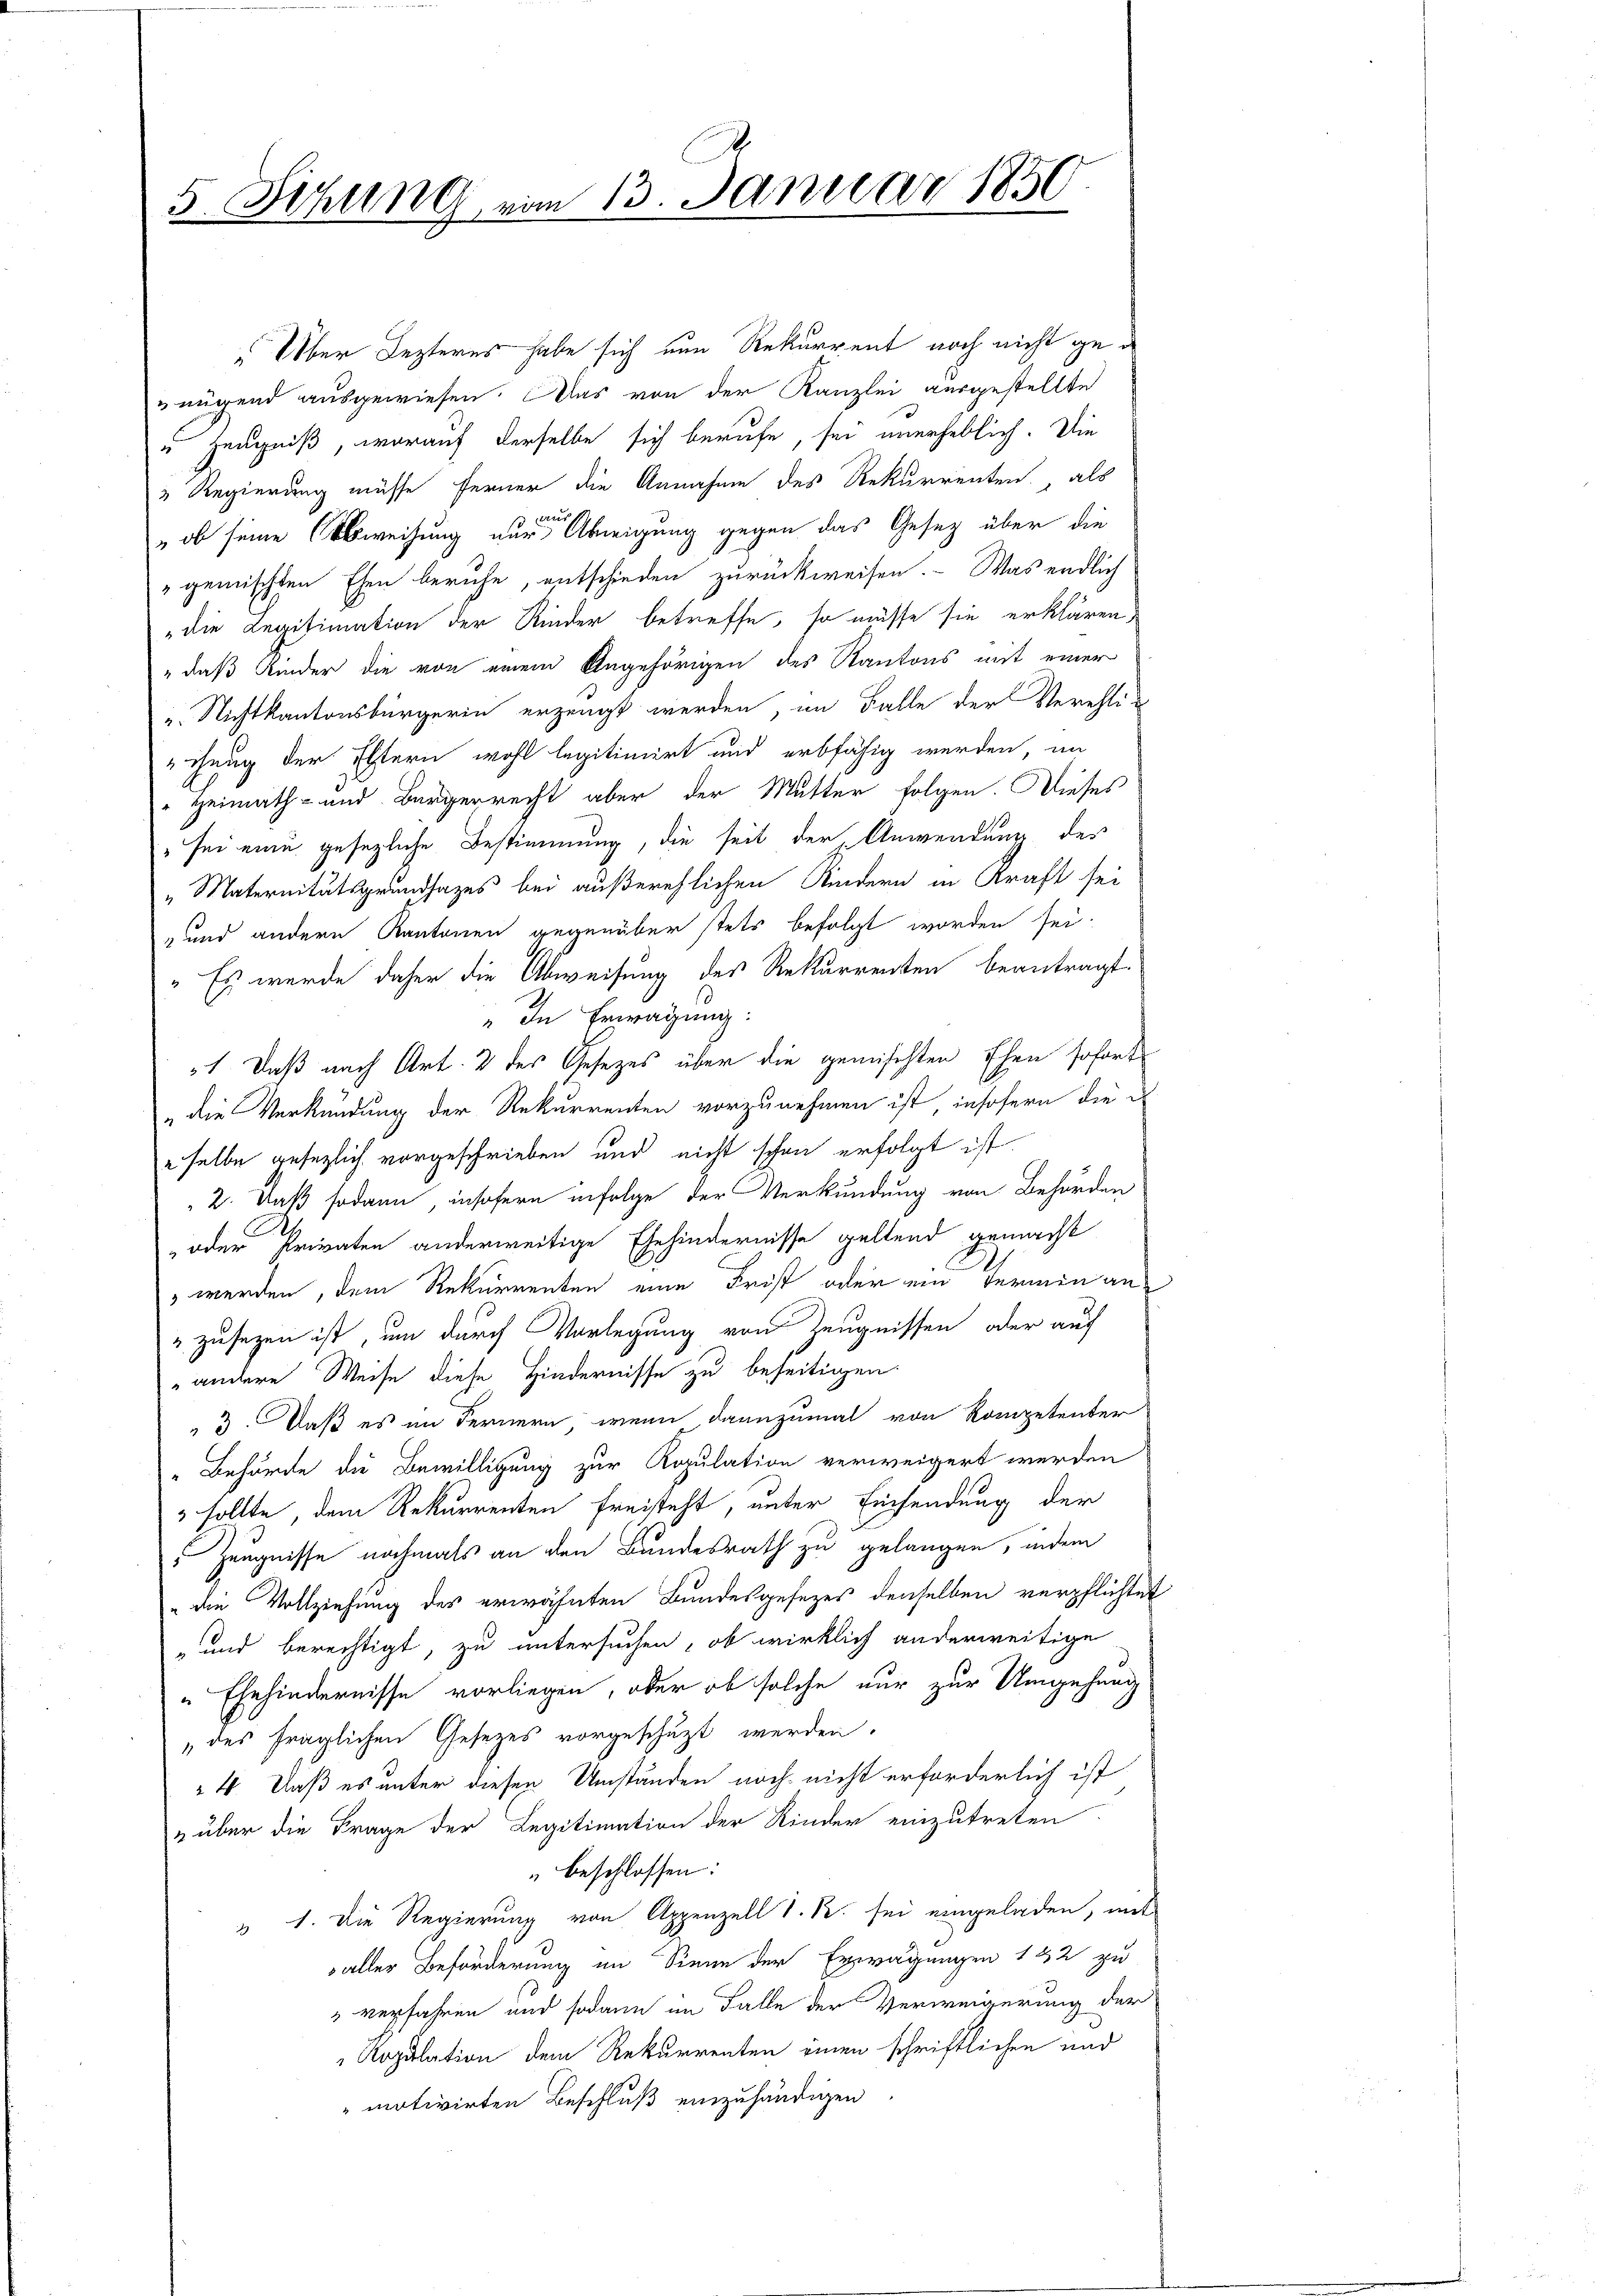
5. Sitzung vom 13. Januar 1850

"Über Lezteres habe sich nun Rekurrent noch nicht genügend ausgewiesen. Das von der Kanzlei ausgestellte
u. Zeugniß, worauf derselbe sich berufe, sei unerheblich. Die
" Regierung müsse ferner die Annahme des Rekurrenten, als
t. We
" ob seine Abweisung nur Abneigung gegen das Gesetz über die
"gemischten Ehen beruhe, entschieden zurückweisen. Was endlich
„die Legitimation der Rinder betreffe, so müsse sie erklären,
"das Kinder die von einem Angehörigen des Kantons mit einer
„Nichtkantonsbürgerin erzeugt werden, im Falle der Verehli¬
Zeug der Eltern wohl legitimirt und erbfähig werden, im
" Heimath- und Bürgerrecht aber der Mutter folgen. Dieses
" sei eine gesezliche Bestimmung, die seit der Anwendung des
„Maternitätsgrundsazes bei außerehlichen Kindern in Kraft sei
" und andern Kantonen gegenüber stets befolgt worden sei.
" Es wurde daher die Abweisung des Rekurrenten beantragt.
„In Erwägung:
1. Daß nach Art. 2 des Gesezes über die gemischten Ehen sofort¬
„die Verkündung der Rekurrenten vorzunehmen ist, insofern die i
selbe gesezlich vorgeschrieben und nicht schon erfolgt ist.
2. Daß sodann, insofern infolge der Verkündung von Behörden
oder Privaten anderweitige Ehehindernisse geltend gemacht
 werden, dem Rekurrenten eine Frist oder ein Vermin an¬
"zusetzen ist, um durch Vorlegung von Zeugnissen oder auf
andere Weise diese Hindernisse zu beseitigen.
" 3. Daß es im Fernern, wenn dannzumal von Kompetenter
" Behörde die Bewilligung zur Kopulation verweigert werden
 sollte, dem Rekurrenten freisteht, unter Einsendung der
5 Zeugnisse nochmals an den Bundesrath zu gelangen, indem
" die Vollziehung des erwähnten Bundesgesezes denselben verpflichtet
„und berechtigt, zu untersuchen, ob wirklich anderweitige
"Ehehindernisse vorliegen, aber ob solche nur zur Umgehung
„des fraglichen Gesetzes vorgeschüzt werden.
4. Daß es unter diesen Umständen noch nicht erforderlich ist
" über die Frage der Legitimation der Kinder einzutreten
" beschlossen:
 1. Die Regierung von Appenzell S. R. sei eingeladen, mit
aller Beförderung im Sinne der Erwägungen 142 zu
" verfahren und sodann im Falle der Verweigerung der
Ropulation dem Rekurrenten einen schriftlichen und
motivirten Beschluß einzuhändigen